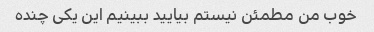
خوب من مطمئن نیستم بیایید ببینیم این یکی چنده